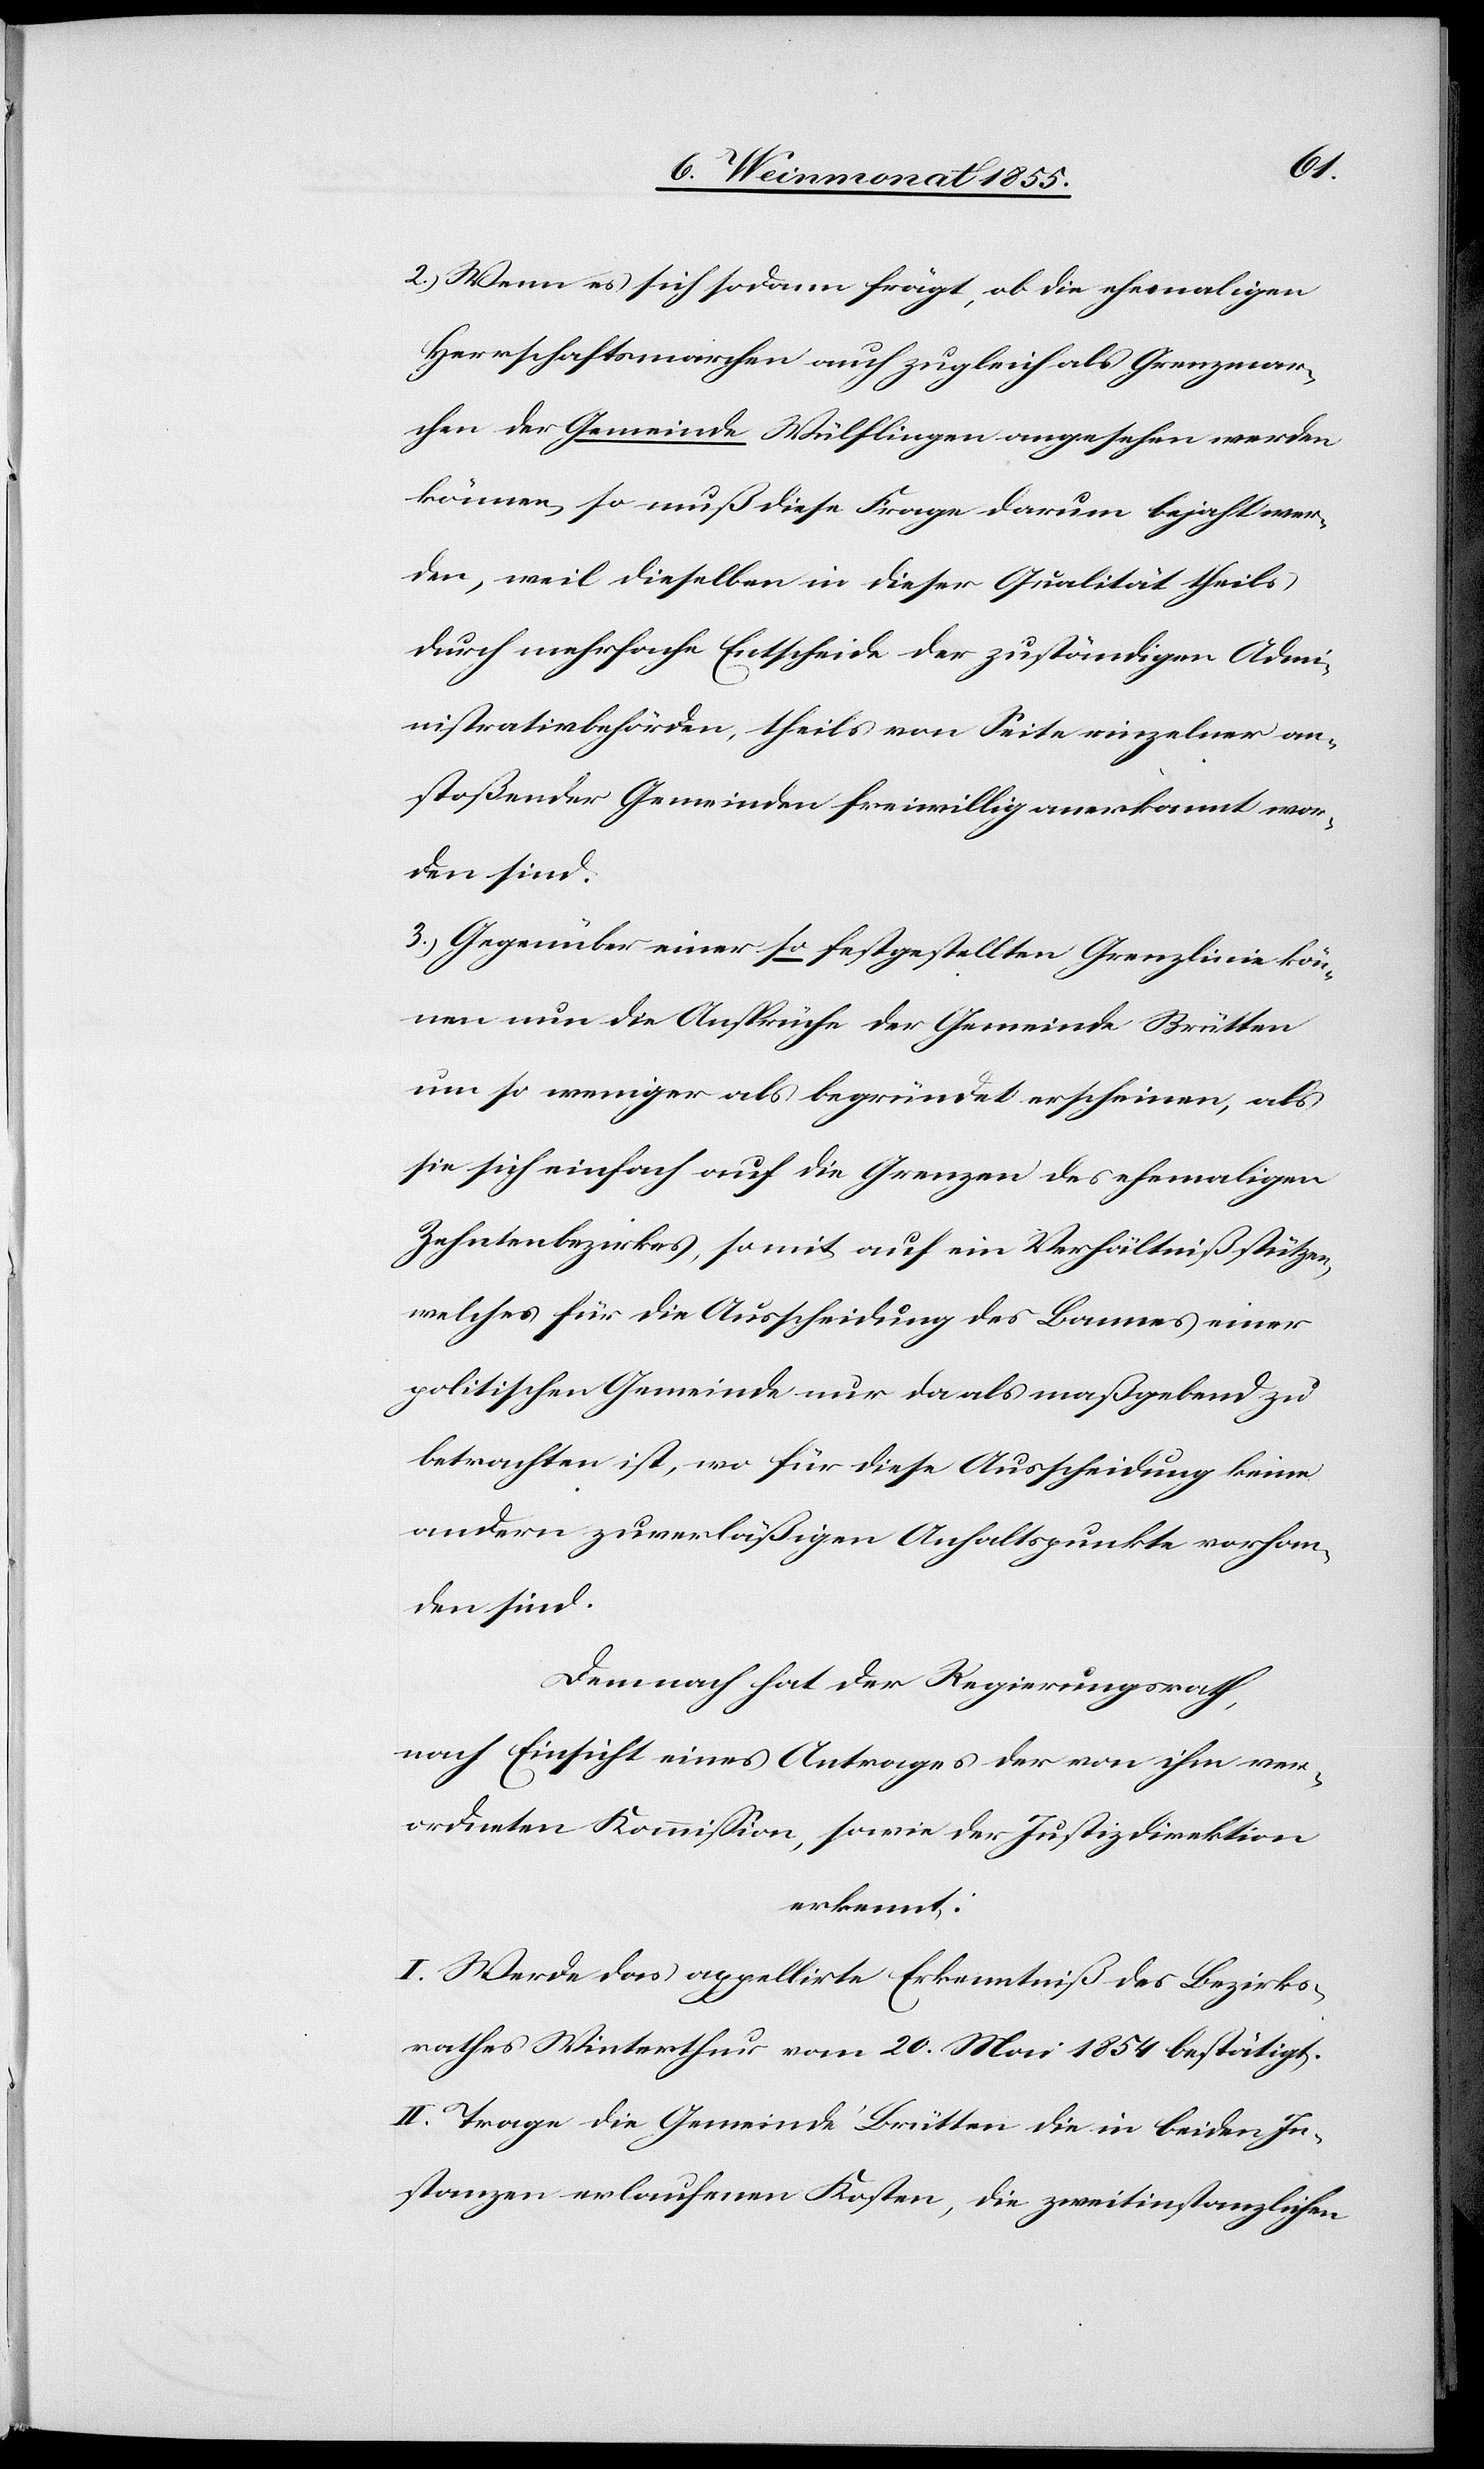
2.) Wenn es sich sodann frägt, ob die ehemaligen
Herrschaftsmarchen auch zugleich als Grenzmar¬
chen der Gemeinde Wülflingen angesehen werden
können, so muß diese Frage darum bejaht wer¬
den, weil dieselben in dieser Qualität theils
durch mehrfache Entscheide der zuständigen Admi¬
nistrativbehörden, theils von Seite einzelner an¬
stoßender Gemeinden freiwillig anerkannt wor¬
den sind.
3.) Gegenüber einer so festgestellten Grenzlinie kön¬
nen nun die Ansprüche der Gemeinde Brütten
um so weniger als begründet erscheinen, als
sie sich einfach auf die Grenzen des ehemaligen
Zehntenbezirkes, somit auf ein Verhältniß stützen,
welches für die Ausscheidung des Bannes einer
politischen Gemeinde nur da als maßgebend zu
betrachten ist, wo für diese Ausscheidung keine
andern zuverläßigen Anhaltspunkte vorhan¬
den sind.
Demnach hat der Regierungsrath,
nach Einsicht eines Antrages der von ihm ver¬
ordneten Kommission, sowie der Justizdirektion
erkennt:
I. Werde das appellirte Erkenntniß des Bezirks¬
rathes Winterthur vom 20. Mai 1854 bestätigt.
II. Trage die Gemeinde Brütten die in beiden In¬
stanzen erlaufenen Kosten, die zweitinstanzlichen